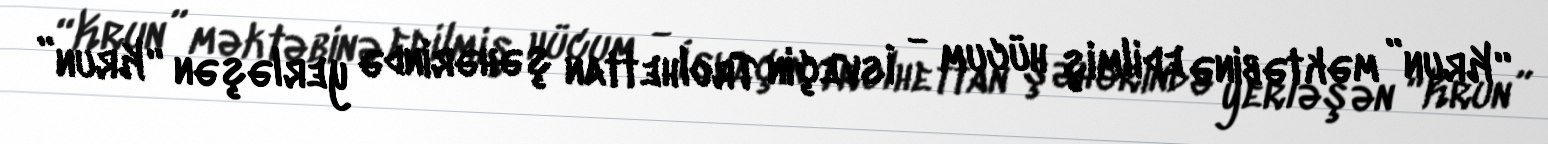
“Krun” məktəbinə edilmiş hücum - İsveçin Trolhettan şəhərində yerləşən “Krun”